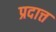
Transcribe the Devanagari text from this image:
प्रदात्त